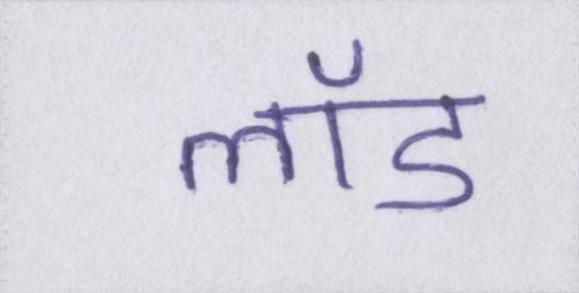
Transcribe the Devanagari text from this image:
लॉड